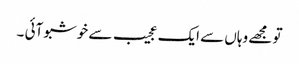
تو مجھے وہاں سے ایک عجیب سے خوشبو آئی ۔